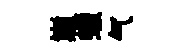
巔蠟气